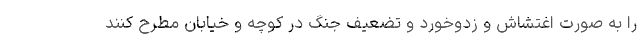
را به صورت اغتشاش و زدوخورد و تضعیف جنگ در کوچه و خیابان مطرح کنند